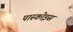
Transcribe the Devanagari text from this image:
पास्कोइस